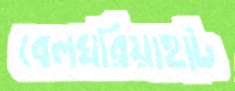
বেলঘরিয়াহাট